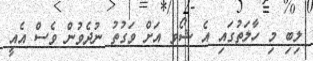
ލިބި މި ހާލަތުގައި އެ ޝޯވ އަށް ވަގުތު ނުދެވުން ވެސް އެއީ